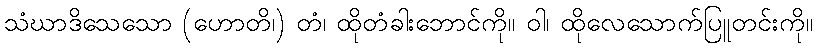
သံဃာဒိသေသော (ဟောတိ၊) တံ၊ ထိုတံခါးဘောင်ကို။ ဝါ၊ ထိုလေသောက်ပြူတင်းကို။